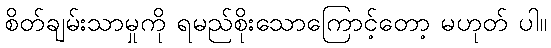
စိတ်ချမ်းသာမှုကို ရမည်စိုးသောကြောင့်တော့ မဟုတ် ပါ။